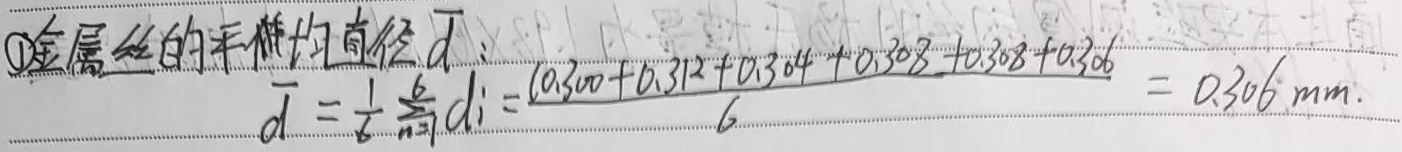
\textcircled{1}金属丝的平均直径\(\overline{d}\)：
\[\overline{d}=\frac{1}{6}\sum_{i = 1}^{6}d_{i}=\frac{0.300 + 0.312+0.304 + 0.308+0.308 + 0.306}{6}=0.306\mathrm{mm}\]